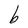
Character: b